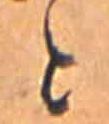
と